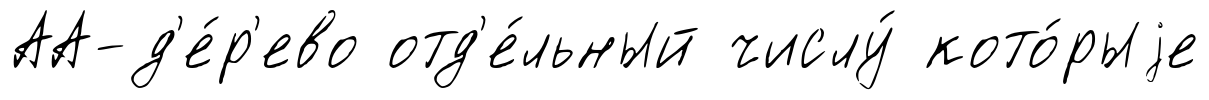
АА-д'е́р'ево отд'е́льный числу́ кото́рыjе